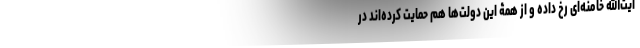
آیت‌الله خامنه‌ای رخ داده و از همۀ این دولت‌ها هم حمایت کرده‌اند در